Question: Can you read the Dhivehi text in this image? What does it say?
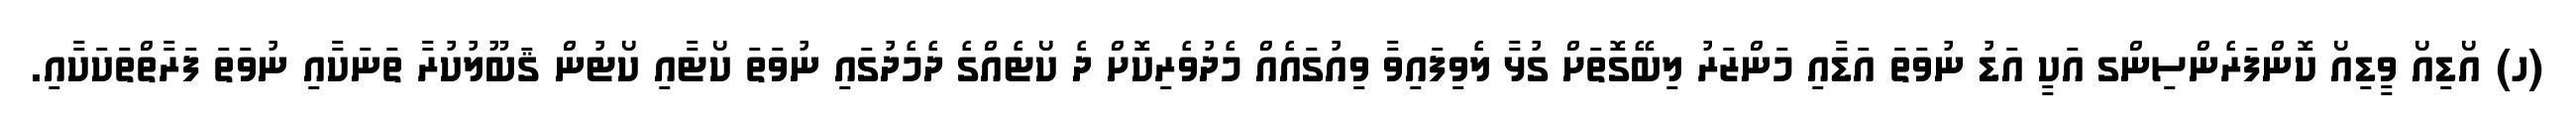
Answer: (ހ) އޯޑިއޯ ވީޑިއޯ ކޮންފަރެންސިންގ އަކީ އަޑު ނުވަތަ އަޑާއި މަންޒަރު ލިބޭގޮތަށް ގުޅާ ލެވިފައިވާ ވިއުގައެއް މެދުވެރިކޮށް ދެ ކޯޓެއްގެ ދެމެދުގައި ނުވަތަ ކޯޓާއި ކޯޓުން ޤަބޫލުކުރާ ތަނަކާއި ނުވަތަ ފަރާތްތަކަކާއި.